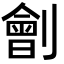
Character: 劊